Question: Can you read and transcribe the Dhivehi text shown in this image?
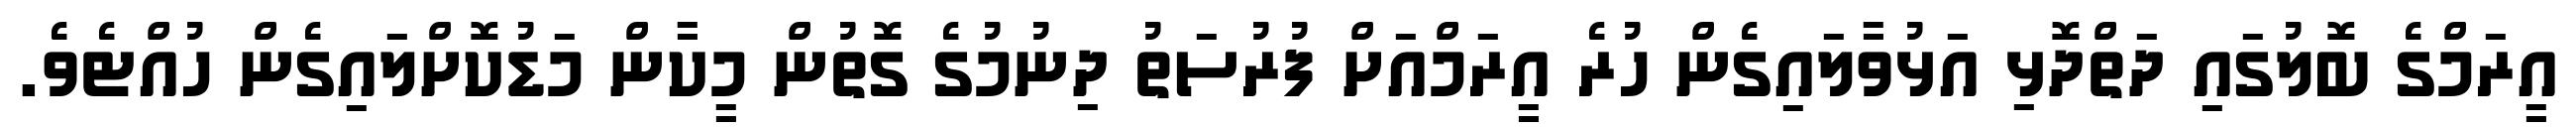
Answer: އީރަމްގެ ބޮލުގައި ދަތްދޮޅި އަޅުވާލައިގެން ހުރެ އީރަމްއަށް ފުރުސަތު ދިނުމުގެ ގޮތުން މީކާން މަޑުކޮށްލައިގެން ހުއްޓެވެ.